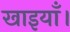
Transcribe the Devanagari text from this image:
खाइयाँ।